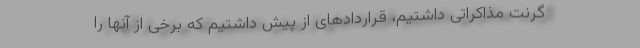
گرنت مذاکراتی داشتیم، قراردادهای از پیش داشتیم که برخی از آنها را